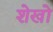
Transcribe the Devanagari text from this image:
शेखो